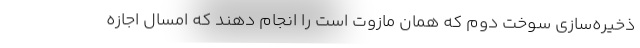
ذخیره‌سازی سوخت دوم که همان مازوت است را انجام دهند که امسال اجازه